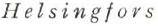
Helsingfors